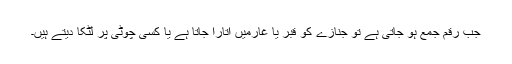
جب رقم جمع ہو جاتی ہے تو جنازے کو قبر یا غارمیں اتارا جاتا ہے یا کسی چوٹی پر لٹکا دیتے ہیں۔